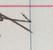
Signature authenticity: genuine